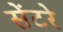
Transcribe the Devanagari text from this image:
सेंटरे